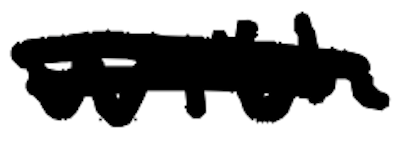
Text: with
Cross-out: double-line
Writing tool: digital_black